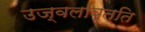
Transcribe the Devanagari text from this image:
उज्वलावृत्ति